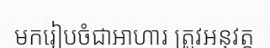
មករៀបចំជាអាហារ ត្រូវអនុវត្ត